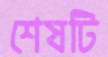
শেষটি